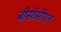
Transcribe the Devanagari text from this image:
बीसीसीएल